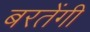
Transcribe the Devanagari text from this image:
बरतेंगी